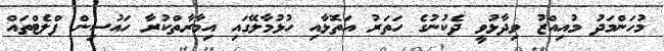
މުހަންމަދު މުއިއްޒު ވިދާޅުވީ ދެކުނުގެ ހަތަރު އަތޮޅާއި ހުޅުމާލޭގައި އިމާރާތްކުރާ ހައުސިން ފްލެޓްތައް